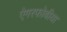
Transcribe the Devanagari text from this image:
ऐगरफोबीया